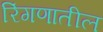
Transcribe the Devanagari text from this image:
रिंगणातील